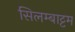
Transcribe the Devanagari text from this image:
सिलम्बाट्टम